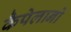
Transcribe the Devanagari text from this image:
कैपेलानो